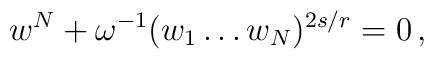
w^N +\omega^{-1} (w_1 \ldots w_N)^{2s/r}=0 \,,